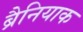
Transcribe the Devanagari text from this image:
ब्रैनियाक